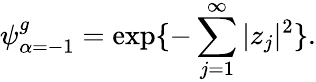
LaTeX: \psi_{\alpha=-1}^{g}=\exp\{ -\sum_{j=1}^{\infty}|z_{j}|^{2}\} .